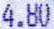
4.80